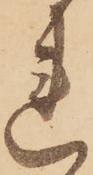
れ